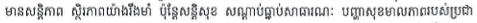
មានសន្តិភាព ស្ថិរភាពយ៉ាងរឺងមាំ ប៉ុន្តែសន្តិសុខ សណ្តាប់ធ្នាប់សាធារណៈ បញ្ហាសុខមាលភាពរបស់ប្រជា